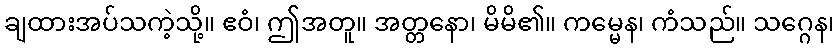
ချထားအပ်သကဲ့သို့။ ဧဝံ၊ ဤအတူ။ အတ္တနော၊ မိမိ၏။ ကမ္မေန၊ ကံသည်။ သဂ္ဂေန၊